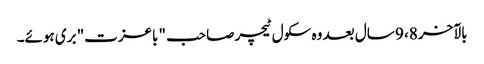
بالآخر 8، 9 سال بعد وہ سکول ٹیچر صاحب "باعزت" بری ہوئے۔